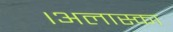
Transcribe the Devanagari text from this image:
।अलास्का